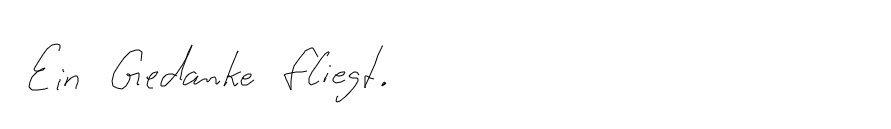
Ein Gedanke fliegt.